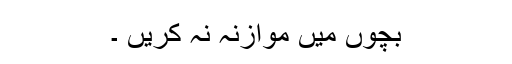
بچوں میں موازنہ نہ کریں ۔